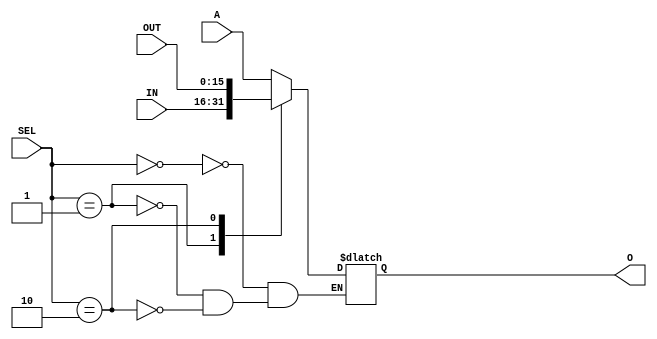
module MUX3WAY16(input[15:0] OUT, IN, A, input[1:0] SEL, output reg [15:0] O);

	always @*
	case(SEL)
		2'b00 : O = A;
		2'b01 : O = IN;
		2'b10 : O = OUT;
	endcase
endmodule